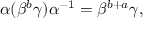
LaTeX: \alpha ( \beta ^ { b } \gamma ) \alpha ^ { - 1 } = \beta ^ { b + a } \gamma ,